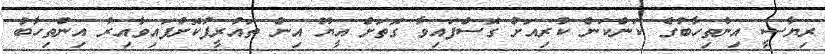
ރިޔާސީ އިންތިހާބުގެ ކަންކަން ކުރިއަށް ގޮސްފައިވާ ގޮތަށް އީޔޫ އިން ތައުރީފުކޮށްފައިވާއިރު އިންތިހާބު